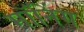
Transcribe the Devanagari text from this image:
मॉनिंग